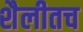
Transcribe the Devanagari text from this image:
शैलीतच